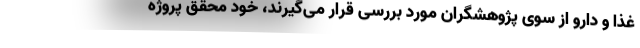
غذا و دارو از سوی پژوهشگران مورد بررسی قرار می‌گیرند، خود محقق پروژه